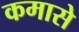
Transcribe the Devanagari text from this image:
कमासे